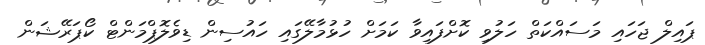
ޕައިލް ޖަހައި މަސައްކަތް ހަލުވި ކޮށްފައިވާ ކަމަށް ހުޅުމާލޭގައި ހައުސިން ޑިވެލޮޕްމަންޓް ކޯޕަރޭޝަން